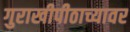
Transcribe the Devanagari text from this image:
गुराखीपीठाच्यावर